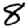
Digit: 8